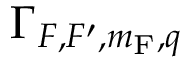
\Gamma _ { F , F ^ { \prime } , m _ { \mathrm { F } } , q }